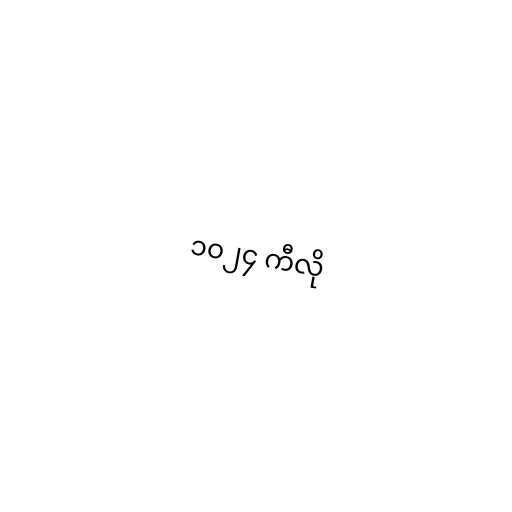
၁၀၂၄ ကီလို